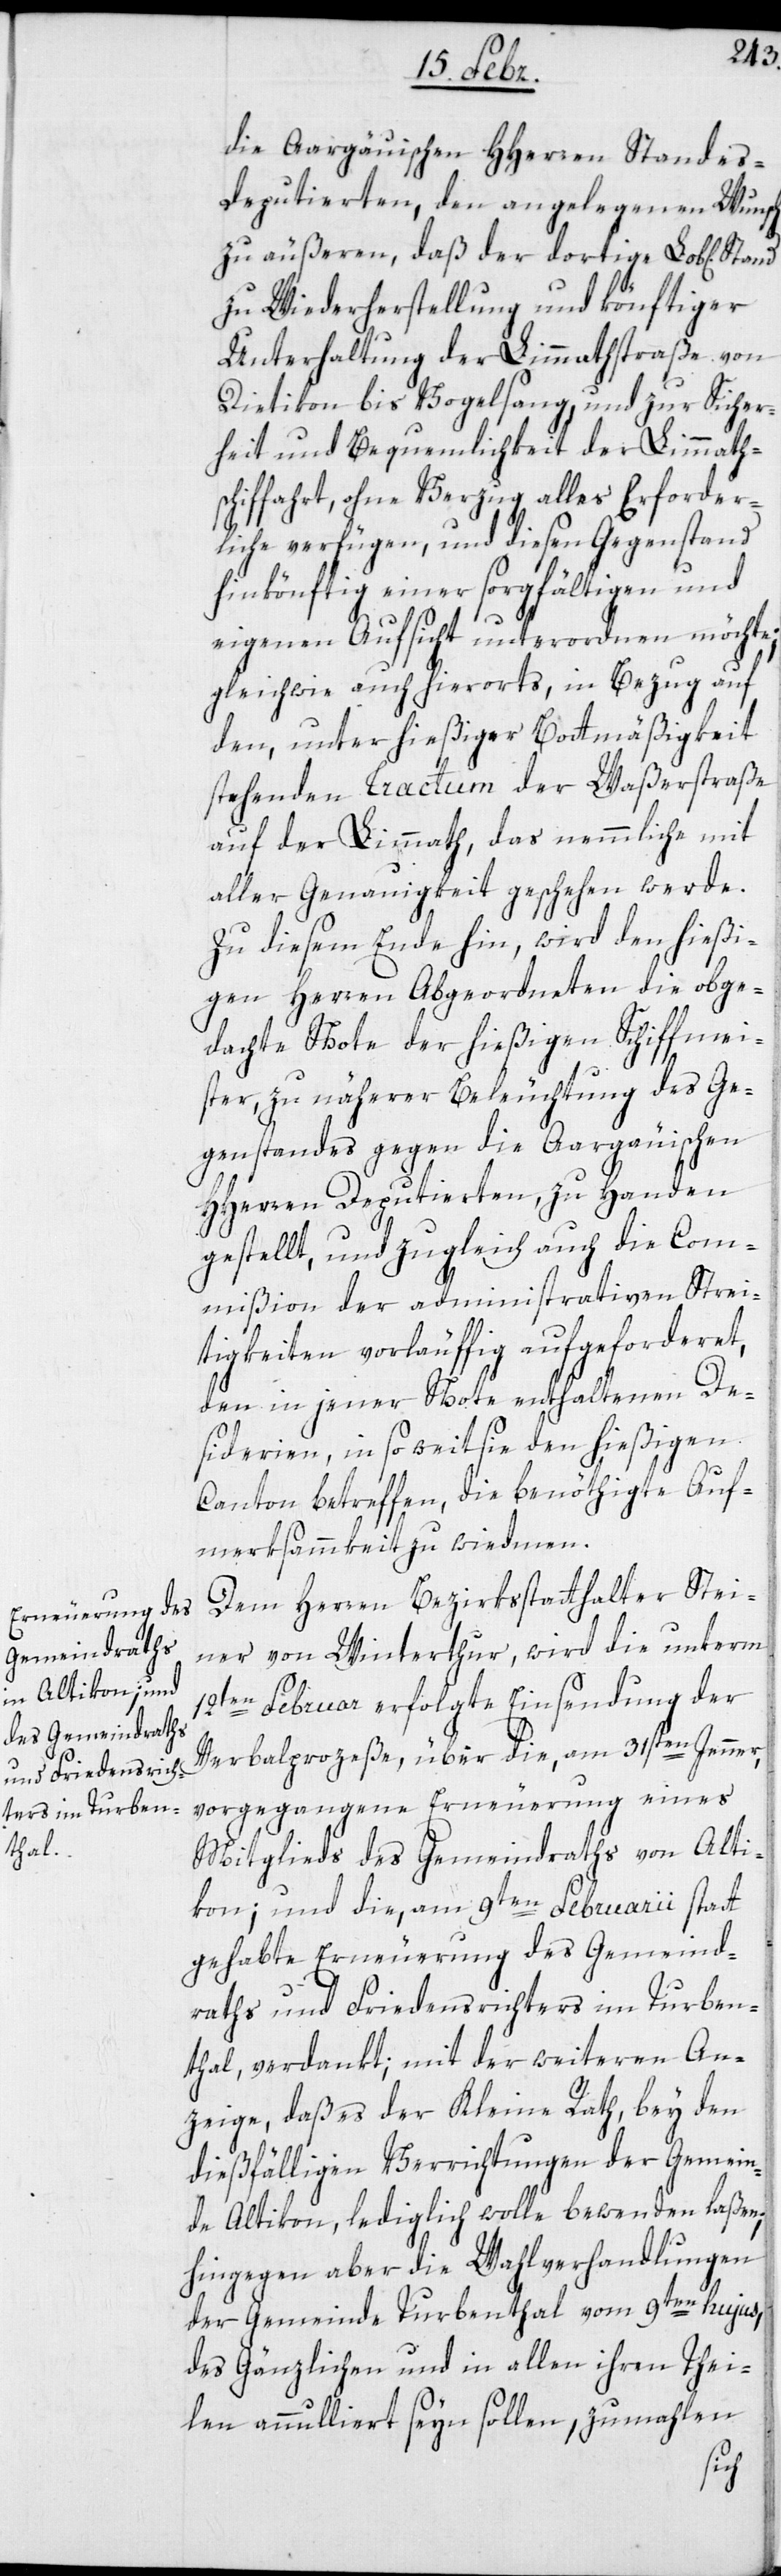
die Aargäuischen HHerren Standes-D¬
eputierten, den angelegenen Wunsch
zu äußeren, daß der dortige Lob[lichen]
zu Wiederherstellung und könftiger
Unterhaltung der Limmathstraße von
Dietikon bis Vogelsang, und zur Sicher¬
heit und Bequemlichkeit der Limmath¬
schiffahrt, ohne Verzug alles Erforder¬
liche verfügen, und diesen Gegenstand
hinkönftig einer sorgfältigen und
eigenen Aufsicht unterordnen möchte;
gleichwie auch hierorts in Bezug auf
den, unter hießiger Bottmäßigkeit
stehenden Tractum der Waßerstraße
auf der Limmath, das nemmliche mit
aller Genauigkeit geschehen werde.
Zu diesem Ende hin, wird den hießi¬
gen Herren Abgeordneten die obge¬
dachte Note der hießigen Schiffmei¬
ster, zu näherer Beleuchtung des Ge¬
genstandes gegen die Aargäuischen
HHerren Deputierten, zu Handen
gestellt, und zugleich auch die Com¬
mißion der administrativen Strei¬
tigkeiten vorläuffig aufgeforderet,
den in jener Note enthaltenen De¬
siderien, in so weit sie den hießigen
Canton betreffen, die benöthigte Auf¬
merksammkeit zu wiedmen.
Dem Herren Bezirksstatthalter Stei¬
ner von Winterthur, wird die unterm
12ten Februar erfolgte Einsendung der
Verbalproceße über die, am 31sten Jenner
vorgegangene Erneuerung eines
Mitglieds des Gemeindraths von Alti¬
kon; und die, am 9ten Februarii statt
gehabte Erneuerung des Gemeind¬
raths und Friedensrichters im Turben¬
thal, verdankt; mit der weiteren An¬
zeige, daß es der Kleine Rath, bey den
dießfälligen Verrichtungen der Gemein¬
de Altikon, lediglich wolle bewenden laßen;
hingegen aber die Wahlverhandlungen
der Gemeinde Turbenthal vom 9ten hujus,
des Gänzlichen und in allen ihren Thei¬
len annulliert seyn sollen, zumahlen